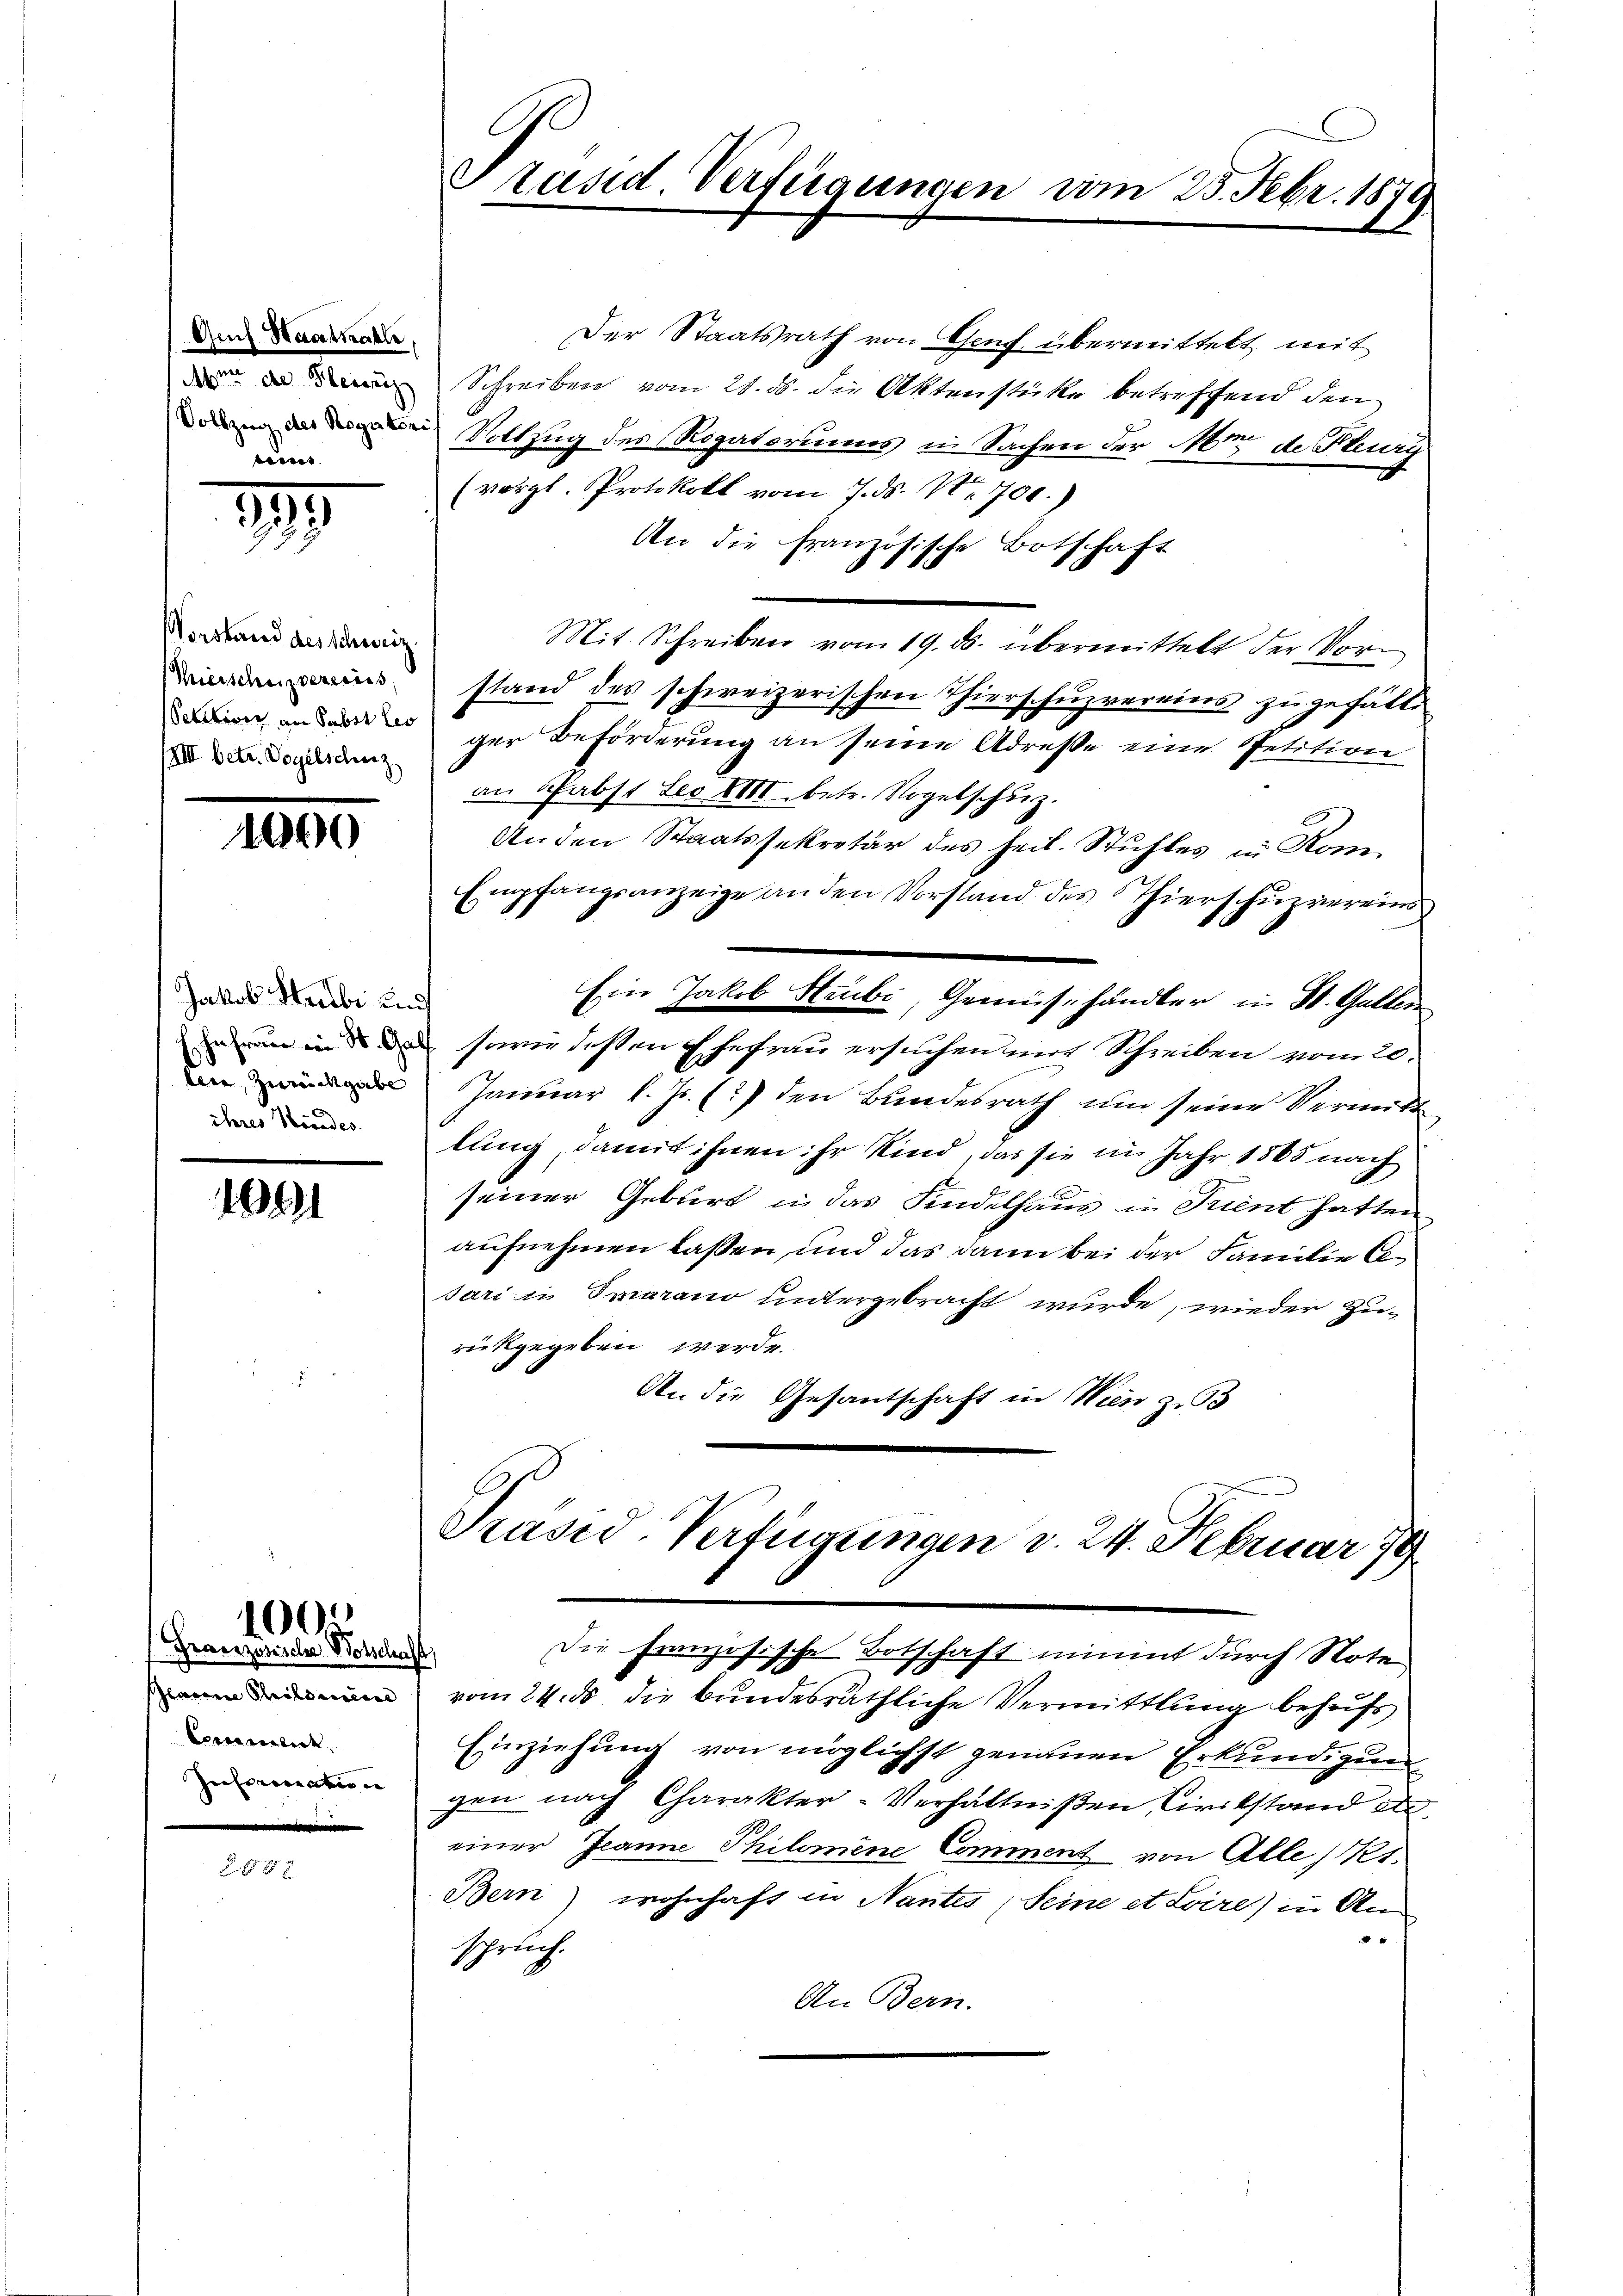
Gef Haatmahle,
reins. |

19

Verstand des Schweiz.
XIII betr. Vogelschuz

1000

Jakob Strubi und
ihres Heredes.

1091

100

Französiche Botschaft,
sclaine Philomers
Comment.
Inferioration

Der Staatsrath von Genf übermittelt mit
 Schreiben vom 28. ds. die Aktenstücke betreffend den
Rottfug des Rogatoriums in Sachen der Mit de Flury
(vergl. Protokoll vom 7. ds. Nr. 700.)
An die französische Botschaft
Mit Schreiben vom 19. ds. übermittelt der Vorn stand des schweizerischen Thierschuzvereins zu gefälle
ger Beförderung an seine Adresse eine Petition
an Pabst Leo XIII. betr. Vogelschuz.
Anden Staatssekretär des heil. Stuhles in Kom¬
Empfangsanzeige an den Vorstand des Thierschuzvereins
Ein Jakob Strubi, Gemüsehändler in St. Gallen
dn von in de sowie deßen Ehefrau ersuchen mit Schreiben vom 20.
 Januar l. Js. (?) den Bundesrath um seine Vermitt
lung, damit ihnen ihr Kind, das sie im Jahr 1865 nach
seiner Geburt in das Kindelhaus in Trient hatten
aufnehmen lassen, und das dann bei der Familie besari in Smarano untergebracht wurde, wieder Zurückgegeben werde.
An die Gesantschaft in Wien zu 53

Präsid. Verfügungen vom 25. Febr. 1879

Präsid-Verfügungen v. 24. Februar 179
Die französische Botschaft nimmt durch Note

vom 24. ds die bundesräthliche Vermittlung behufs
Einziehung von möglichst genauen Erkundigung
gen nach Charakter-Verhältnißen Civilstand de
einer Jeanne Philomene Comment von Alle/Kt.
Bern) wohnhaft in Nantes (Seine et Loire) in An-
Spruch.
An Bern.